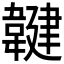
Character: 𲊤